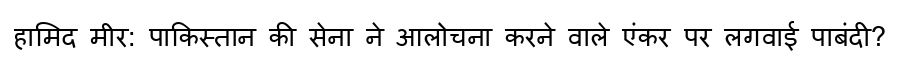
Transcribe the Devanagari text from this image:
हामिद मीर: पाकिस्तान की सेना ने आलोचना करने वाले एंकर पर लगवाई पाबंदी?